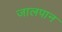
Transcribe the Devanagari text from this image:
जालपान